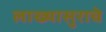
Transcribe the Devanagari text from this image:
लाख्यासुराचे